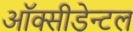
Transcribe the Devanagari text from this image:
ऑक्सीडेन्टल